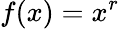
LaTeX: f(x)=x^{r}